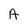
Character: A